Civil Veterinary Department ledger series I-VI
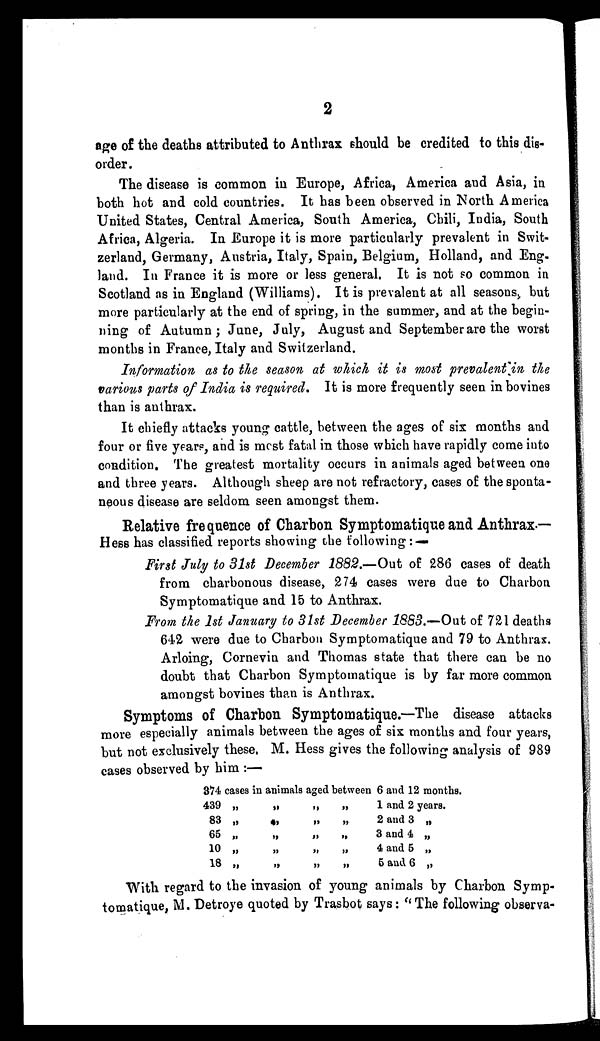
2
age of the deaths attributed to Anthrax should be credited to this dis-
order.
The disease is common in Europe, Africa, America and Asia, in
both hot and cold countries. It has been observed in North America
United States, Central America, South America, Chili, India, South
Africa, Algeria. In Europe it is more particularly prevalent in Swit-
zerland, Germany, Austria, Italy, Spain, Belgium, Holland, and Eng-
-and. In France it is more or less general. It is not so common in
Scotland as in England (Williams). It is prevalent at all seasons, but
more particularly at the end of spring, in the summer, and at the begin-
ning of Autumn; June, July, August and September are the worst
months in France, Italy and Switzerland.
Information as to the season at which it is most prevalent in the
various parts of India is required. It is more frequently seen in bovines
than is anthrax.
It chiefly attacks young cattle, between the ages of six months and
four or five years, and is most fatal in those which have rapidly come into
condition. The greatest mortality occurs in animals aged between one
and three years. Although sheep are not refractory, cases of the sponta-
neous disease are seldom seen amongst them.
Relative frequence of Charbon Symptomatique and Anthrax.—
Hess has classified reports showing the following :—
First July to 31st December 1882.—Out of 286 cases of death
from charbonous disease, 274 cases were due to Charbon
Symptomatique and 15 to Anthrax.
From the 1st January to 31st December 1883.—Out of 721 deaths
642 were due to Charbon Symptomatique and 79 to Anthrax.
Arloing, Cornevin and Thomas state that there can be no
doubt that Charbon Symptomatique is by far more common
amongst bovines than is Anthrax.
Symptoms of Charbon Symptomatique.—The disease attacks
more especially animals between the ages of six months and four years,
but not exclusively these. M. Hess gives the following analysis of 989
cases observed by him :—
374 cases in animals aged between 6 and 12 months.
439
„
„
„
„
1 and 2 years.
83
„
„
„
„
2 and 3 „
65
„
„
„
„
3 and 4 „
10
„
„
„
„
4 and 5 „
18
„
„
„
„
5 and 6 „
With regard to the invasion of young animals by Charbon Symp-
tomatique, M. Detroye quoted by Trasbot says: " The following observa-